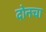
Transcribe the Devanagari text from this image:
दोनचा